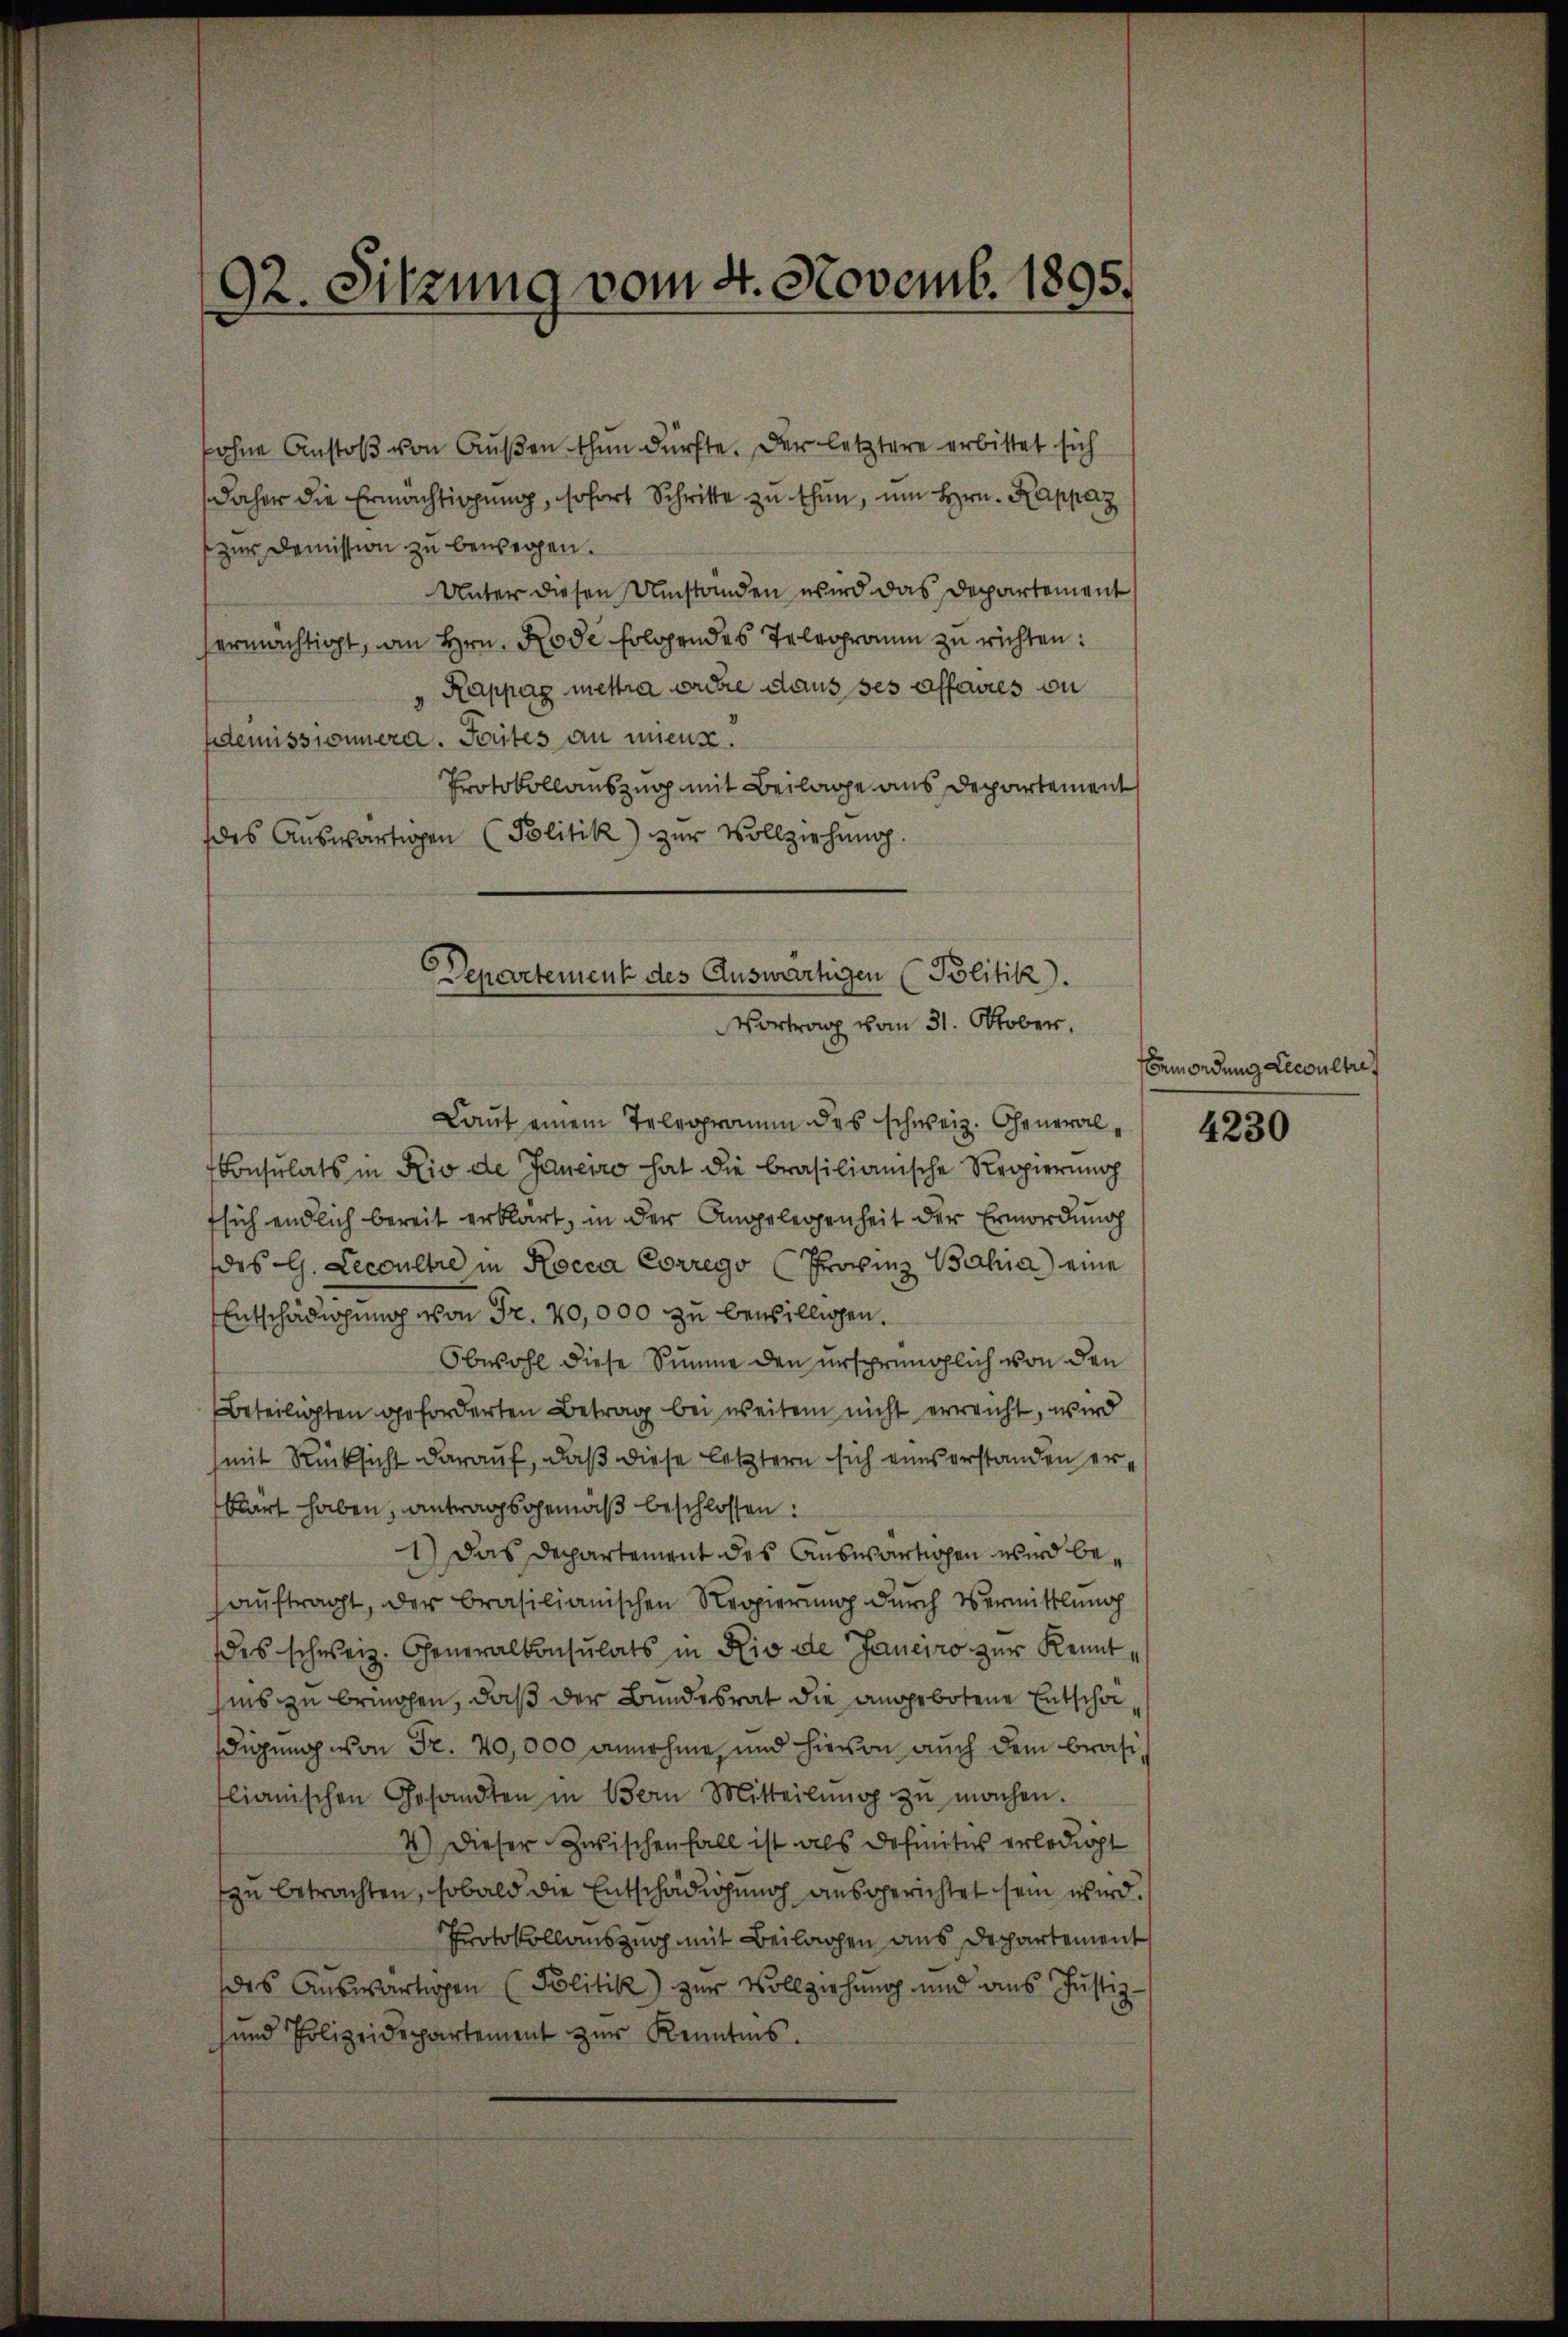
92. Sitzung vom 4. Novemb. 1895.

ohne Anstoß von Außen thun dürfte. Der letztere erbittet sich
daher die Ermächtigung, sofort Schritte zu thun, um Hrn. Kappaz
zur Demission zu bewegen.
Unter diesen Umstanden wird das Departement
ermächtigt, an Hrn. Rode folgendes Telegramm zu richten:
Rappag mettra ordre dans ses affaires on
demnissionnern. Taites an mieux.
Protokollauszug mit Beilage aus Departement
des Aŭswärtigen (Politik) zur Vollziehung.

Departement des Auswärtigen (Politik).
Vortrag vom 31. Oktober.

Laut einem Telegramm des schweiz. General¬
Consulats in Rio de Janeiro hat die brasilianische Regierung
fsich endlich bereit erklärt, in der Angelegenheit der Ermordung
des G. Lecoultre in Rocca Corrego (Provinz Bahia eine
Entschädigung von Fr. 40,000 zu bewilligen.
t
Obwohl diese Summe den ursprünglich von den
Beteiligten geforderten Betrag bei weitem nicht erreicht, wird
mit Rücksicht darauf, daß diese letztern sich eines erstanden erklärt haben, antragsgemäß beschlossen:
1) Das Departement des Auswärtigen wird beauftragt, der brasilianischen Regierung durch Vermittlung
des schweiz. Generalkonsulats in Rio de Janeiro zur Kenntsins zu bringen, daß der Bundesrat die angebotene Entscheidigung von Fr. 40,000 annehme, und hievon auch dem Brasiflianischen Gesandten in Bern Mitteilŭng zŭ machen.
4) Dieser Zwischenfall ist als Definitus erledigt
syn betrachten, sobald die Entschädigung ausgerichtet sein wird.
Protokollauszug mit Beilagen aus Departement
des Auswärtigen Politik) zur Vollziehung und aus Justiz
und Polizeidepartement zŭr Kenntnis.

Bemordung Lecoultre

4230